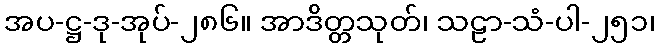
အပ-ဋ္ဌ-ဒု-အုပ်-၂၈၆။ အာဒိတ္တသုတ်၊ သဠာ-သံ-ပါ-၂၅၁၊